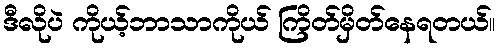
ဒီလိုပဲ ကိုယ့်ဘာသာကိုယ် ကြိတ်မှိတ်နေရတယ်။